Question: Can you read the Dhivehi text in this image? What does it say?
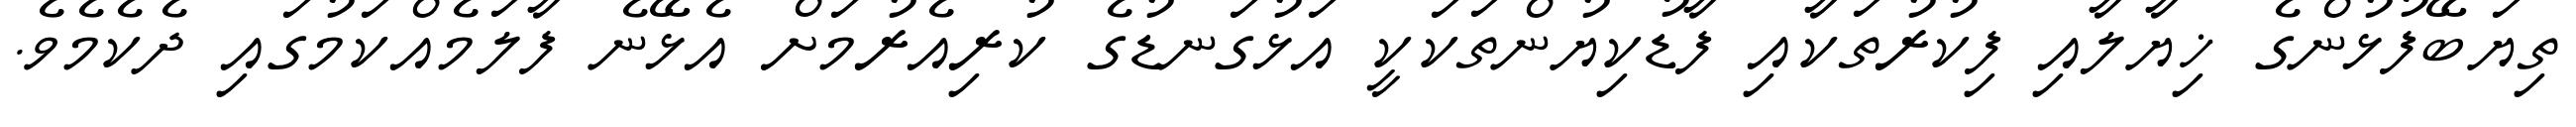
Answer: ތިޔަބޭފުޅުންގެ ޚިޔާލާއި ފިކުރުތަކާއި ފާޑުކިޔުންތަކަކީ އަޅުގަނޑުގެ ކުރިއެރުމަށް އެޅޭނެ ފާލަމެއްކަމުގައި ދެކެމެވެ.